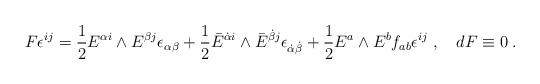
LaTeX: \begin{align*}F \epsilon^{ij} = {1\over 2} E^{{\alpha}i} \wedge E^{{\beta}j} \epsilon_{{\alpha}{\beta}}+{1\over 2} \bar{E}^{\dot{\alpha}i} \wedge \bar{E}^{\dot{\beta}j} \epsilon_{\dot{\alpha}\dot{\beta}}+ {1\over 2} E^a \wedge E^b f_{ab} \epsilon^{ij} \; , \quad dF\equiv 0 \; .\end{align*}